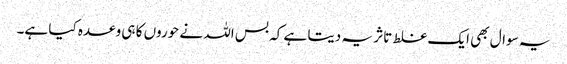
یہ سوال بھی ایک غلط تاثر یہ دیتا ہے کہ بس اللہ نے حوروں کا ہی وعدہ کیا ہے۔